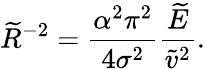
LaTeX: \widetilde{R}^{-2}=\frac{\alpha^{2}\pi^{2}}{4\sigma^{2}}\frac{\widetilde{E}}{\widetilde{v}^{2}}.